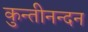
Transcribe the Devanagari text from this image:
कुन्तीनन्दन